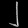
Digit: ၂